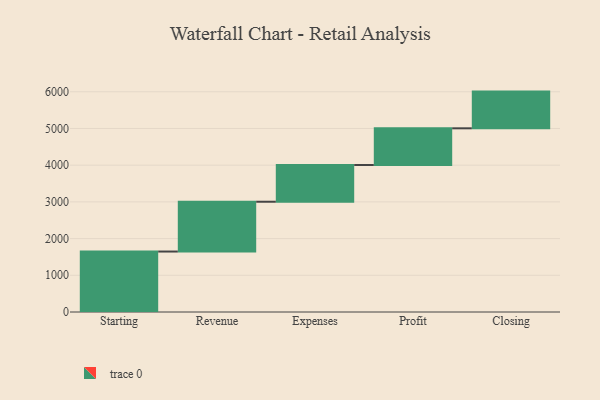
{"axis": {"x": "Step", "y": "Value"}, "legend": [""], "data": [{"x": "Starting", "y": 1647.0, "type": ""}, {"x": "Revenue", "y": 1357.0, "type": ""}, {"x": "Expenses", "y": 1000, "type": ""}, {"x": "Profit", "y": 1000, "type": ""}, {"x": "Closing", "y": 1000, "type": ""}]}